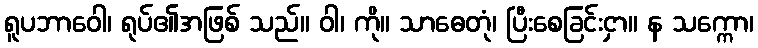
ရူပဘာဝေါ၊ ရုပ်၏အဖြစ် သည်။ ဝါ၊ ကို။ သာဓေတုံ၊ ပြီးစေခြင်းငှာ။ န သက္ကော၊